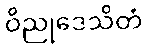
ဝိညုဒေသိတံ